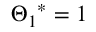
{ { \Theta _ { 1 } } ^ { * } } = 1